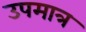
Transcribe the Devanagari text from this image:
उपमात्र